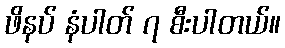
ဖိနပ် နံပါတ် ၇ စီးပါတယ်။